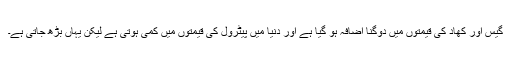
گیس اور کھاد کی قیمتوں میں دوگنا اضافہ ہو گیا ہے اور دنیا میں پیٹرول کی قیمتوں میں کمی ہوتی ہے لیکن یہاں بڑھ جاتی ہے۔